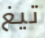
تيغ